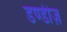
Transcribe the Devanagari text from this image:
डण्डीज़